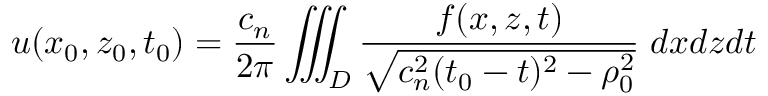
u ( x _ { 0 } , z _ { 0 } , t _ { 0 } ) = \frac { c _ { n } } { 2 \pi } \iiint _ { D } \frac { f ( x , z , t ) } { \sqrt { c _ { n } ^ { 2 } ( t _ { 0 } - t ) ^ { 2 } - \rho _ { 0 } ^ { 2 } } } \; d x d z d t